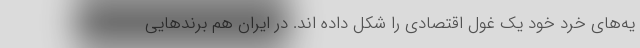
یه‌های خرد خود یک غول اقتصادی را شکل داده اند. در ایران هم برند‌هایی